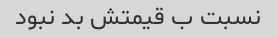
نسبت ب قیمتش بد نبود